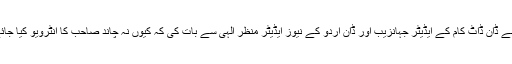
ہم نے ڈان ڈاٹ کام کے ایڈیٹر جہانزیب اور ڈان اردو کے نیوز ایڈیٹر منظر الٰہی سے بات کی کہ کیوں نہ چاند صاحب کا انٹرویو کیا جائے؟